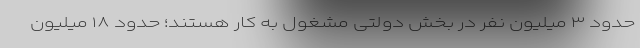
حدود ۳ میلیون نفر در بخش دولتی مشغول به کار هستند؛ حدود ۱۸ میلیون